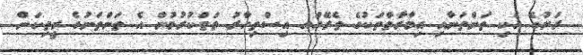
ރަށުގެ އެކި ތަންތަނާއި އިމާރާތްތަކުގެ ތެރޭގައ އިސްތިހާރު ތަތްކުރުމުން އެ ތަންތަނުގެ ރީތިކަން